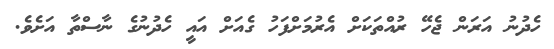
ހެދުނު އަރަން ޖެހޭ ރުއްތަކަށް އެރުމަށްފަހު ގެއަށް އައީ ހެދުނުގެ ނާސްތާ އަށެވެ.